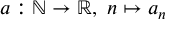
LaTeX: a : \mathbb { N } \to \mathbb { R } , \ n \mapsto a _ { n }